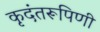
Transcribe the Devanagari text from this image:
कृदंतरूपिणी